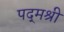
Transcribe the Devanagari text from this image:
पद्‌मश्री